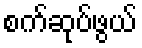
စက်ဆုပ်ဖွယ်